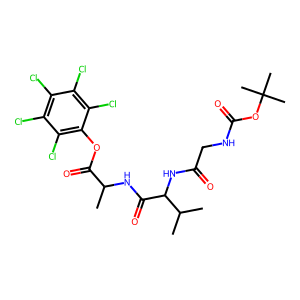
SMILES: CC(NC(=O)C(NC(=O)CNC(=O)OC(C)(C)C)C(C)C)C(=O)Oc1c(Cl)c(Cl)c(Cl)c(Cl)c1Cl
Inhibits HIV replication: No